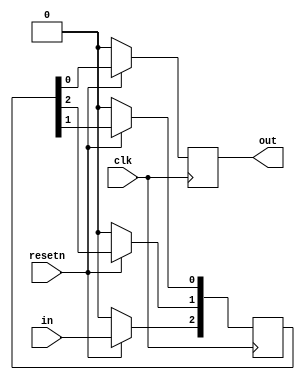
module top_module (
    input clk,
    input resetn,   // synchronous reset
    input in,
    output out);
    reg [2:0] q;
    always@(posedge clk)
        begin
            if(!resetn) begin q[2:0]<=3'b000;out<=1'd0; end
            else
                begin
                    q[2]<=in;
                    q[1]<=q[2];
                    q[0]<=q[1];
                    out<=q[0];
                end
        end
endmodule